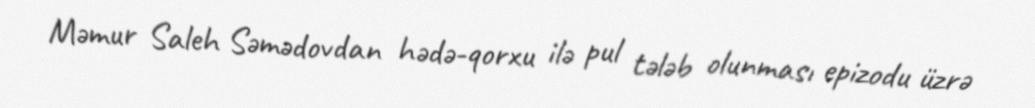
Məmur Saleh Səmədovdan hədə-qorxu ilə pul tələb olunması epizodu üzrə